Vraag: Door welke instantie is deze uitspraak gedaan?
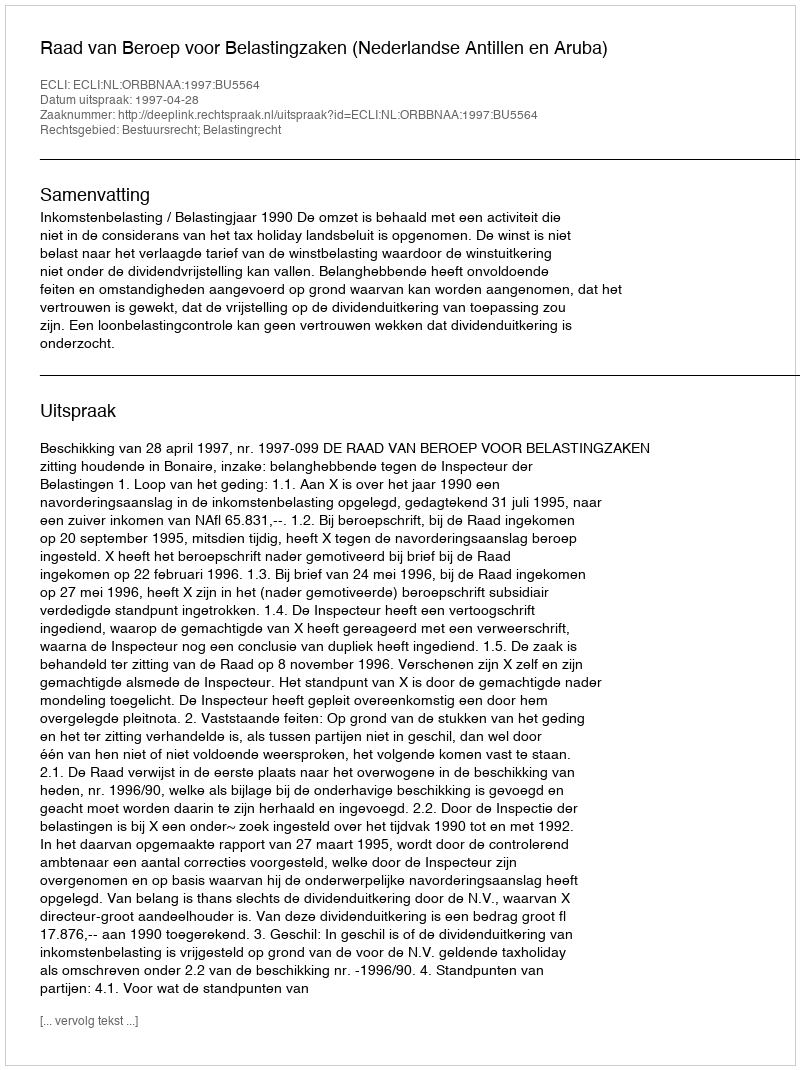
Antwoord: Raad van Beroep voor Belastingzaken (Nederlandse Antillen en Aruba)